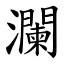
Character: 瀾